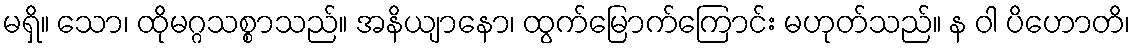
မရှိ။ သော၊ ထိုမဂ္ဂသစ္စာသည်။ အနိယျာနော၊ ထွက်မြောက်ကြောင်း မဟုတ်သည်။ န ဝါ ပိဟောတိ၊